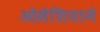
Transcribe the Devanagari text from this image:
ओसेशियाने